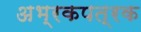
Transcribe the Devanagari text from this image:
अभ्रकपत्रक